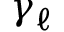
\gamma _ { \ell }